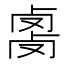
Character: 𰆇